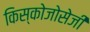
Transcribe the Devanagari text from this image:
किस्कोजोसेजी